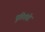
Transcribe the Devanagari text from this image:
पूतिगंधी